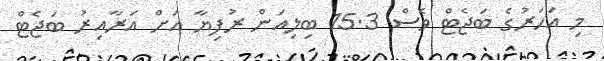
މި އަހަރުގެ ބަޖެޓް ވެސް 15.3 ބިލިއަން ރުފިޔާ އަށް އަރާއިރު ބަޖެޓް